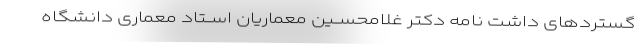
گستردهای داشت نامه دکتر غلامحســین معماریان اســتاد معماری دانشگاه